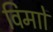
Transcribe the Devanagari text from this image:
विमाों